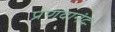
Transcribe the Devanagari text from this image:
प्रणवानंदः